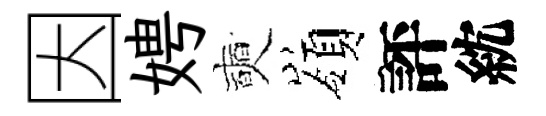
因娉奭嶺評紞